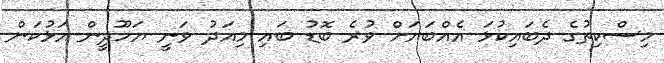
މިސްކިތުގެ ދެބައިކުޅަ އެއްބަޔަށް ވުރެ ބޮޑު ބައި މިއަދު ވަނީ ޔަހޫދީން އަޅުކަން